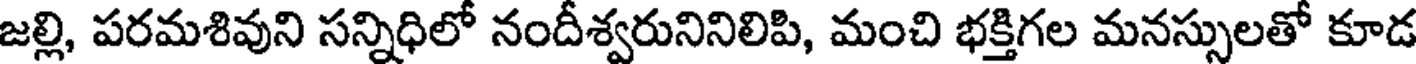
జల్లి, పరమశివుని సన్నిధిలో నందీశ్వరునినిలిపి, మంచి భక్తిగల మనస్సులతో కూడ